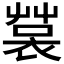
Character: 𧛬